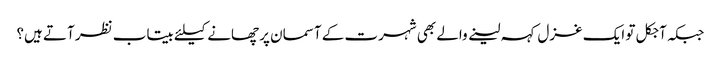
جبکہ آجکل تو ایک غزل کہہ لینے والے بھی شہرت کے آسمان پر چھانے کیلئے بیتاب نظر آتے ہیں؟